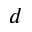
d